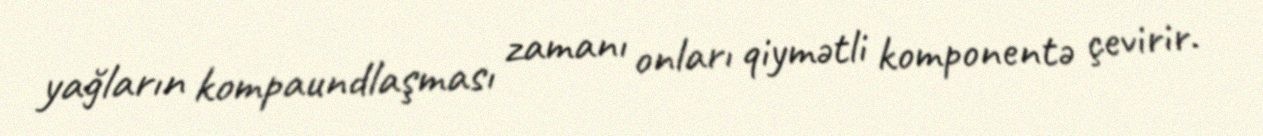
yağların kompaundlaşması zamanı onları qiymətli komponentə çevirir.